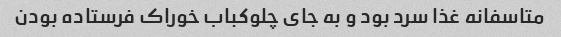
متاسفانه غذا سرد بود و به جای چلوکباب خوراک فرستاده بودن